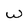
Character: w